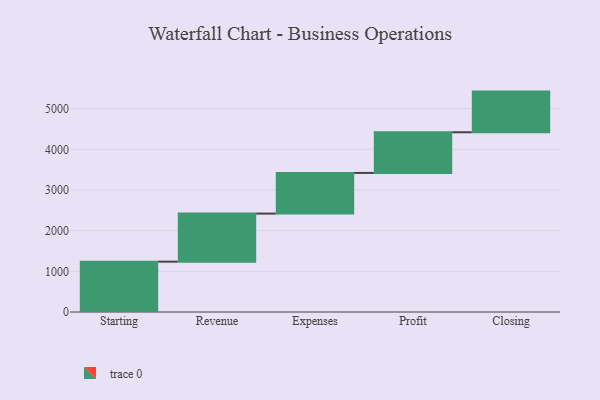
{"axis": {"x": "Step", "y": "Value"}, "legend": [""], "data": [{"x": "Starting", "y": 1238.0, "type": ""}, {"x": "Revenue", "y": 1182.0, "type": ""}, {"x": "Expenses", "y": 1000, "type": ""}, {"x": "Profit", "y": 1000, "type": ""}, {"x": "Closing", "y": 1000, "type": ""}]}